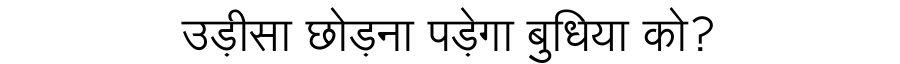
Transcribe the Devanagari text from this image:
उड़ीसा छोड़ना पड़ेगा बुधिया को?